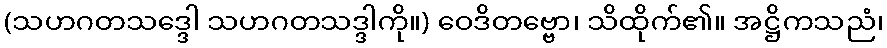
(သဟဂတသဒ္ဒေါ သဟဂတသဒ္ဒါကို။) ဝေဒိတဗ္ဗော၊ သိထိုက်၏။ အဋ္ဌိကသညံ၊